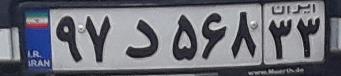
۹۷د۵۶۸۳۳